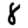
Digit: 8